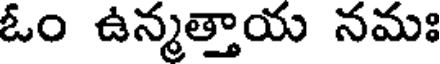
ఓం ఉన్మత్తాయ నమః